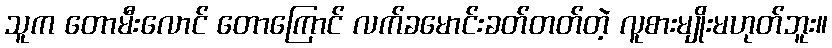
သူက တောမီးလောင် တောကြောင် လက်ခမောင်းခတ်တတ်တဲ့ လူစားမျိုးမဟုတ်ဘူး။